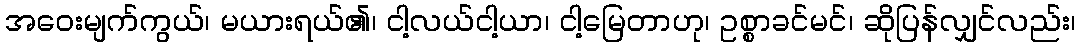
အဝေးမျက်ကွယ်၊ မယားရယ်၏၊ ငါ့လယ်ငါ့ယာ၊ ငါ့မြေတာဟု၊ ဥစ္စာခင်မင်၊ ဆိုပြန်လျှင်လည်း၊